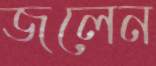
জলেন